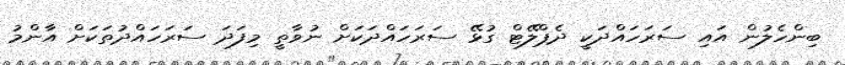
ބިންހެލުން އައި ސަރަހައްދަކީ ދެޕްލޭޓް ގުޅޭ ސަރަހައްދަކަށް ނުވާތީ މިފަދަ ސަރަހައްދުތަކަށް އާންމު